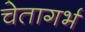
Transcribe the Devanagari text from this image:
चेतागर्भ